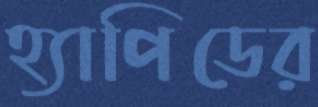
হ্যাপিডের